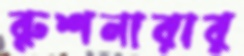
রুশনারার